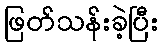
ဖြတ်သန်းခဲ့ပြီး